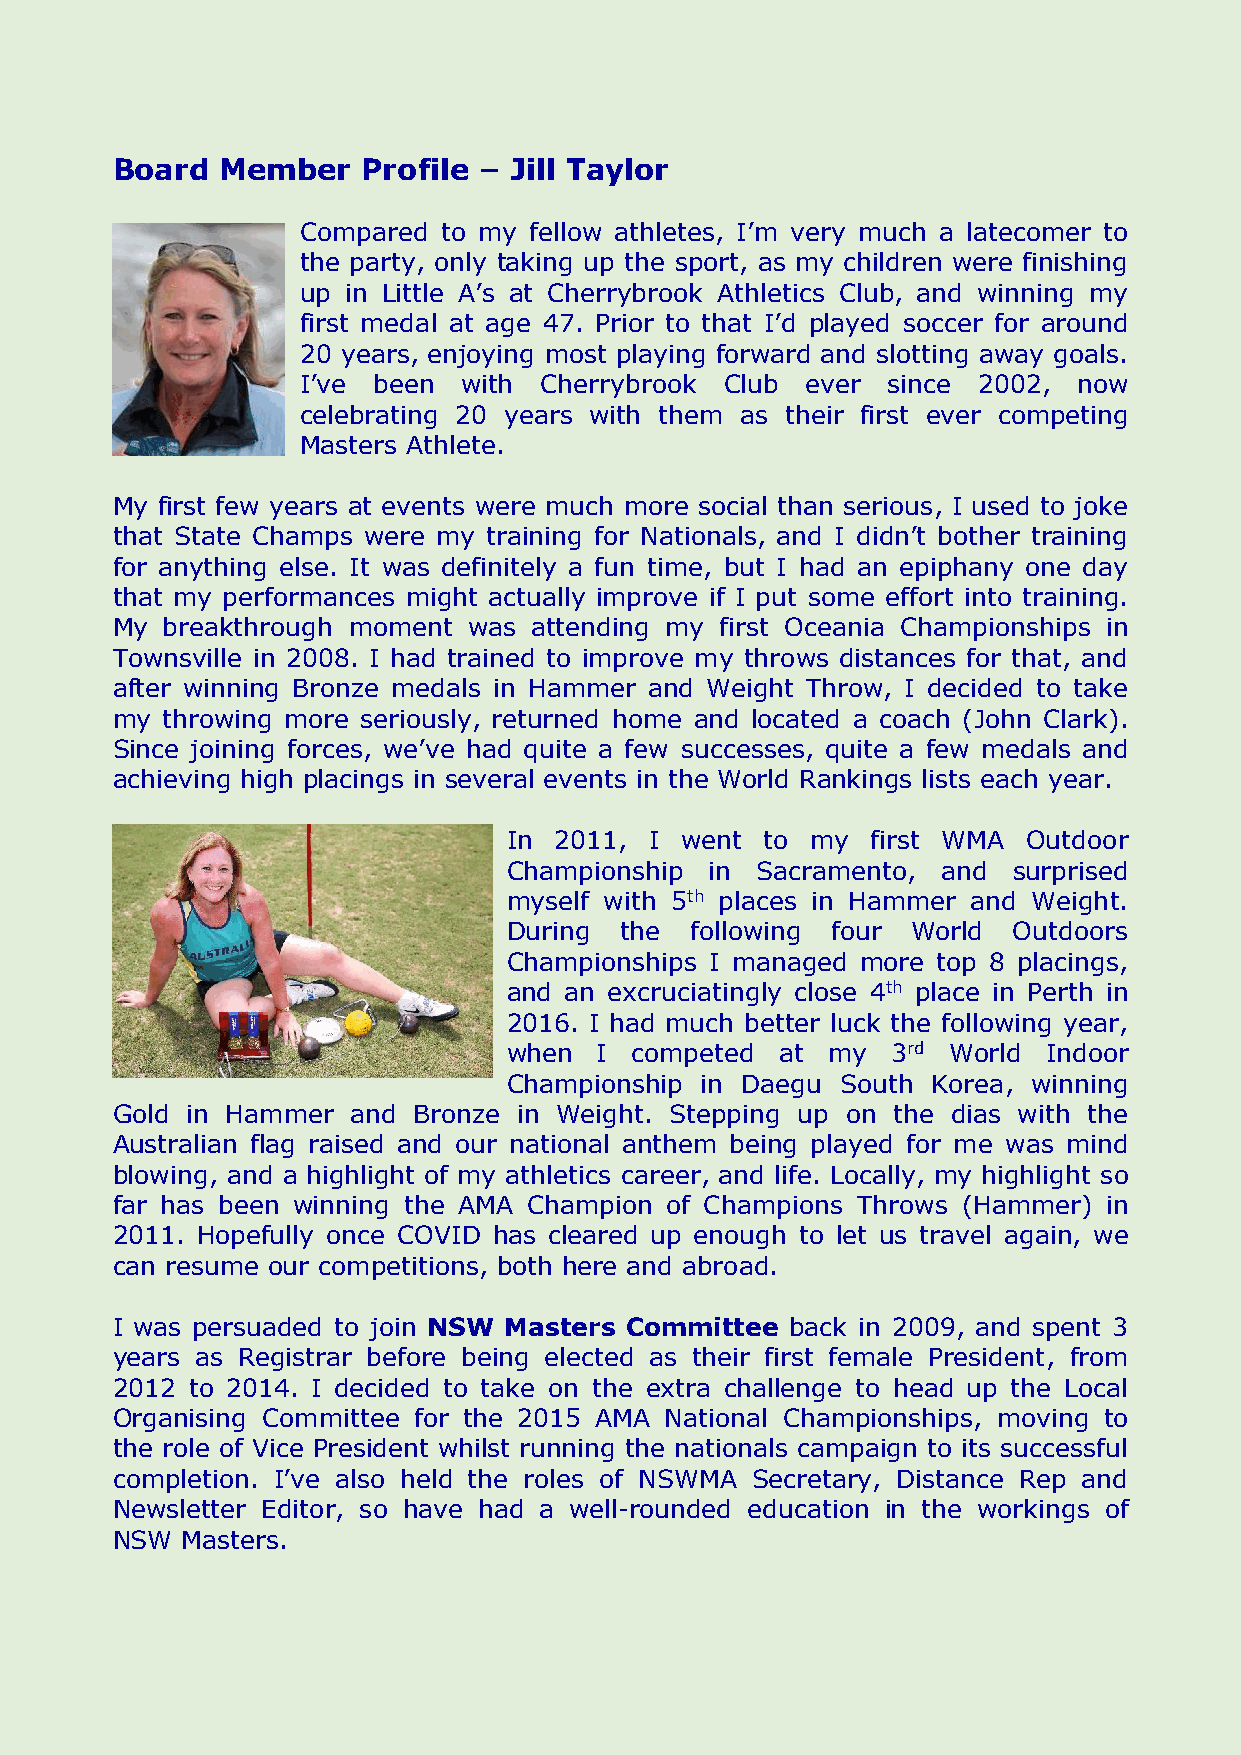
Board   Member   Profile – Jill Taylor
 Compared to my fellow athletes, I’m very much a latecomer to
 the party, only taking up the sport, as my children were finishing
 up in Little A’s at Cherrybrook Athletics Club, and winning my
 first medal at age 47. Prior to that I’d played soccer for around
 20 years, enjoying most playing forward and slotting away goals.
 I’ve been  with Cherrybrook Club ever  since 2002, now
 celebrating 20 years with them as their first ever competing
 Masters Athlete.
 My first few years at events were much more social than serious, I used to joke
 that State Champs were my training for Nationals, and I didn’t bother training
 for anything else. It was definitely a fun time, but I had an epiphany one day
 that my performances might actually improve if I put some effort into training.
 My  breakthrough moment was attending my first Oceania Championships in
 Townsville in 2008. I had trained to improve my throws distances for that, and
 after winning Bronze medals in Hammer and Weight Throw, I decided to take
 my  throwing more seriously, returned home and located a coach (John Clark).
 Since joining forces, we’ve had quite a few successes, quite a few medals and
 achieving high placings in several events in the World Rankings lists each year.
 In 2011, I went  to my  first WMA Outdoor
 Championship in Sacramento, and  surprised
 myself with 5th places in Hammer and Weight.
 During the  following four World Outdoors
 Championships I managed more top 8 placings,
 and an excruciatingly close 4th place in Perth in
 2016. I had much better luck the following year,
 when  I competed  at my  3rd World Indoor
 Championship in Daegu South Korea, winning
 Gold in Hammer  and Bronze in Weight. Stepping up on the dias with the
 Australian flag raised and our national anthem being played for me was mind
 blowing, and a highlight of my athletics career, and life. Locally, my highlight so
 far has been winning the AMA Champion of Champions Throws (Hammer) in
 2011. Hopefully once COVID has cleared up enough to let us travel again, we
 can resume our competitions, both here and abroad.
 I was persuaded to join NSW Masters Committee back in 2009, and spent 3
 years as Registrar before being elected as their first female President, from
 2012 to 2014. I decided to take on the extra challenge to head up the Local
 Organising Committee for the 2015 AMA National Championships, moving to
 the role of Vice President whilst running the nationals campaign to its successful
 completion. I’ve also held the roles of NSWMA Secretary, Distance Rep and
 Newsletter Editor, so have had a well-rounded education in the workings of
 NSW  Masters.